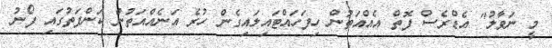
މީ ނަވާލު" އެޑްރެސް ފޮތް އެއްއަތުން ހިފަހައްޓައިލައިގެން ހުރެ އަނެއްއަތުން ކަންފަތުގައި ފޯނު